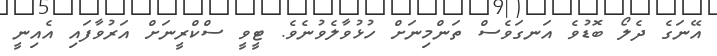
އޭނަގެ ދެލޯ ބޮޑުވެ އަނގަވެސް ތަންމިނަށް ހުޅުވާލެވުނެވެ. ޓީވީ ސްކްރީނަށް އަރުވާފައި އެއިނީ